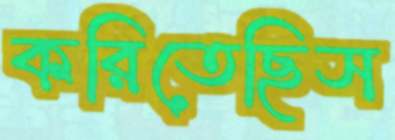
করিতেছিস